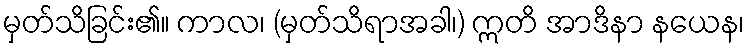
မှတ်သိခြင်း၏။ ကာလ၊ (မှတ်သိရာအခါ၊) ဣတိ အာဒိနာ နယေန၊